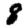
Digit: 8